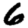
Digit: 6